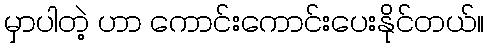
မှာပါတဲ့ ဟာ ကောင်းကောင်းပေးနိုင်တယ်။